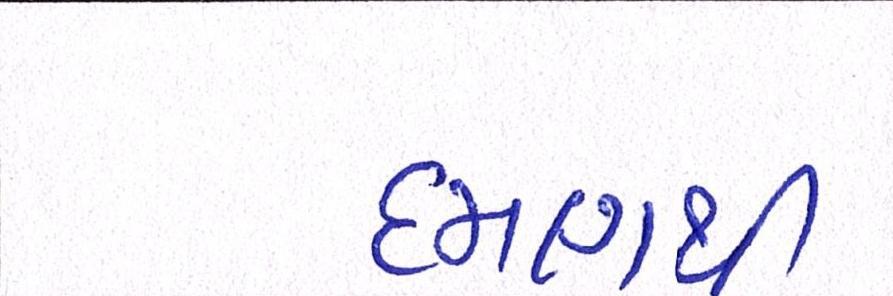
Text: દમણથી